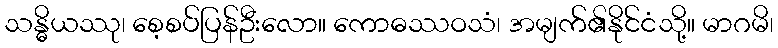
သန္ဓိယဿု၊ စေ့စပ်ပြန်ဦးလော။ ကောဓဿဝသံ၊ အမျက်၏နိုင်ငံသို့။ မာဂမိ၊